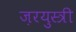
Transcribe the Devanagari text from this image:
ज़रयुस्त्री